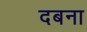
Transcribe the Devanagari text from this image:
दबना